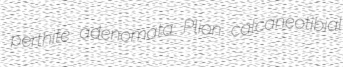
perthite adenomata Plion calcaneotibial